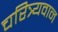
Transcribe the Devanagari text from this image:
चरित्र्यवान